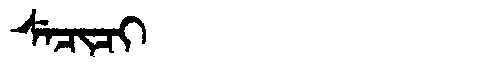
Manchu: ᠰᡝᠴᡳᠴᡳ
Romanization: SECICI